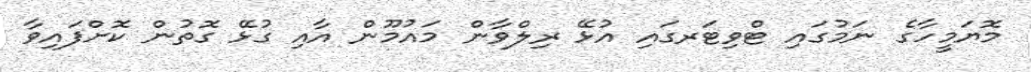
މޮޔަމީހާގެ ނަމުގައި ޓްވިޓަރގައި އުޅޭ ރިލްވާން މައުމޫން އާއި ގުޅޭ ގޮތުން ކޮށްފައިވާ